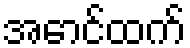
အောင်ထက်